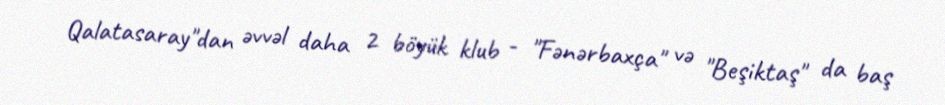
Qalatasaray"dan əvvəl daha 2 böyük klub - "Fənərbaxça" və "Beşiktaş" da baş